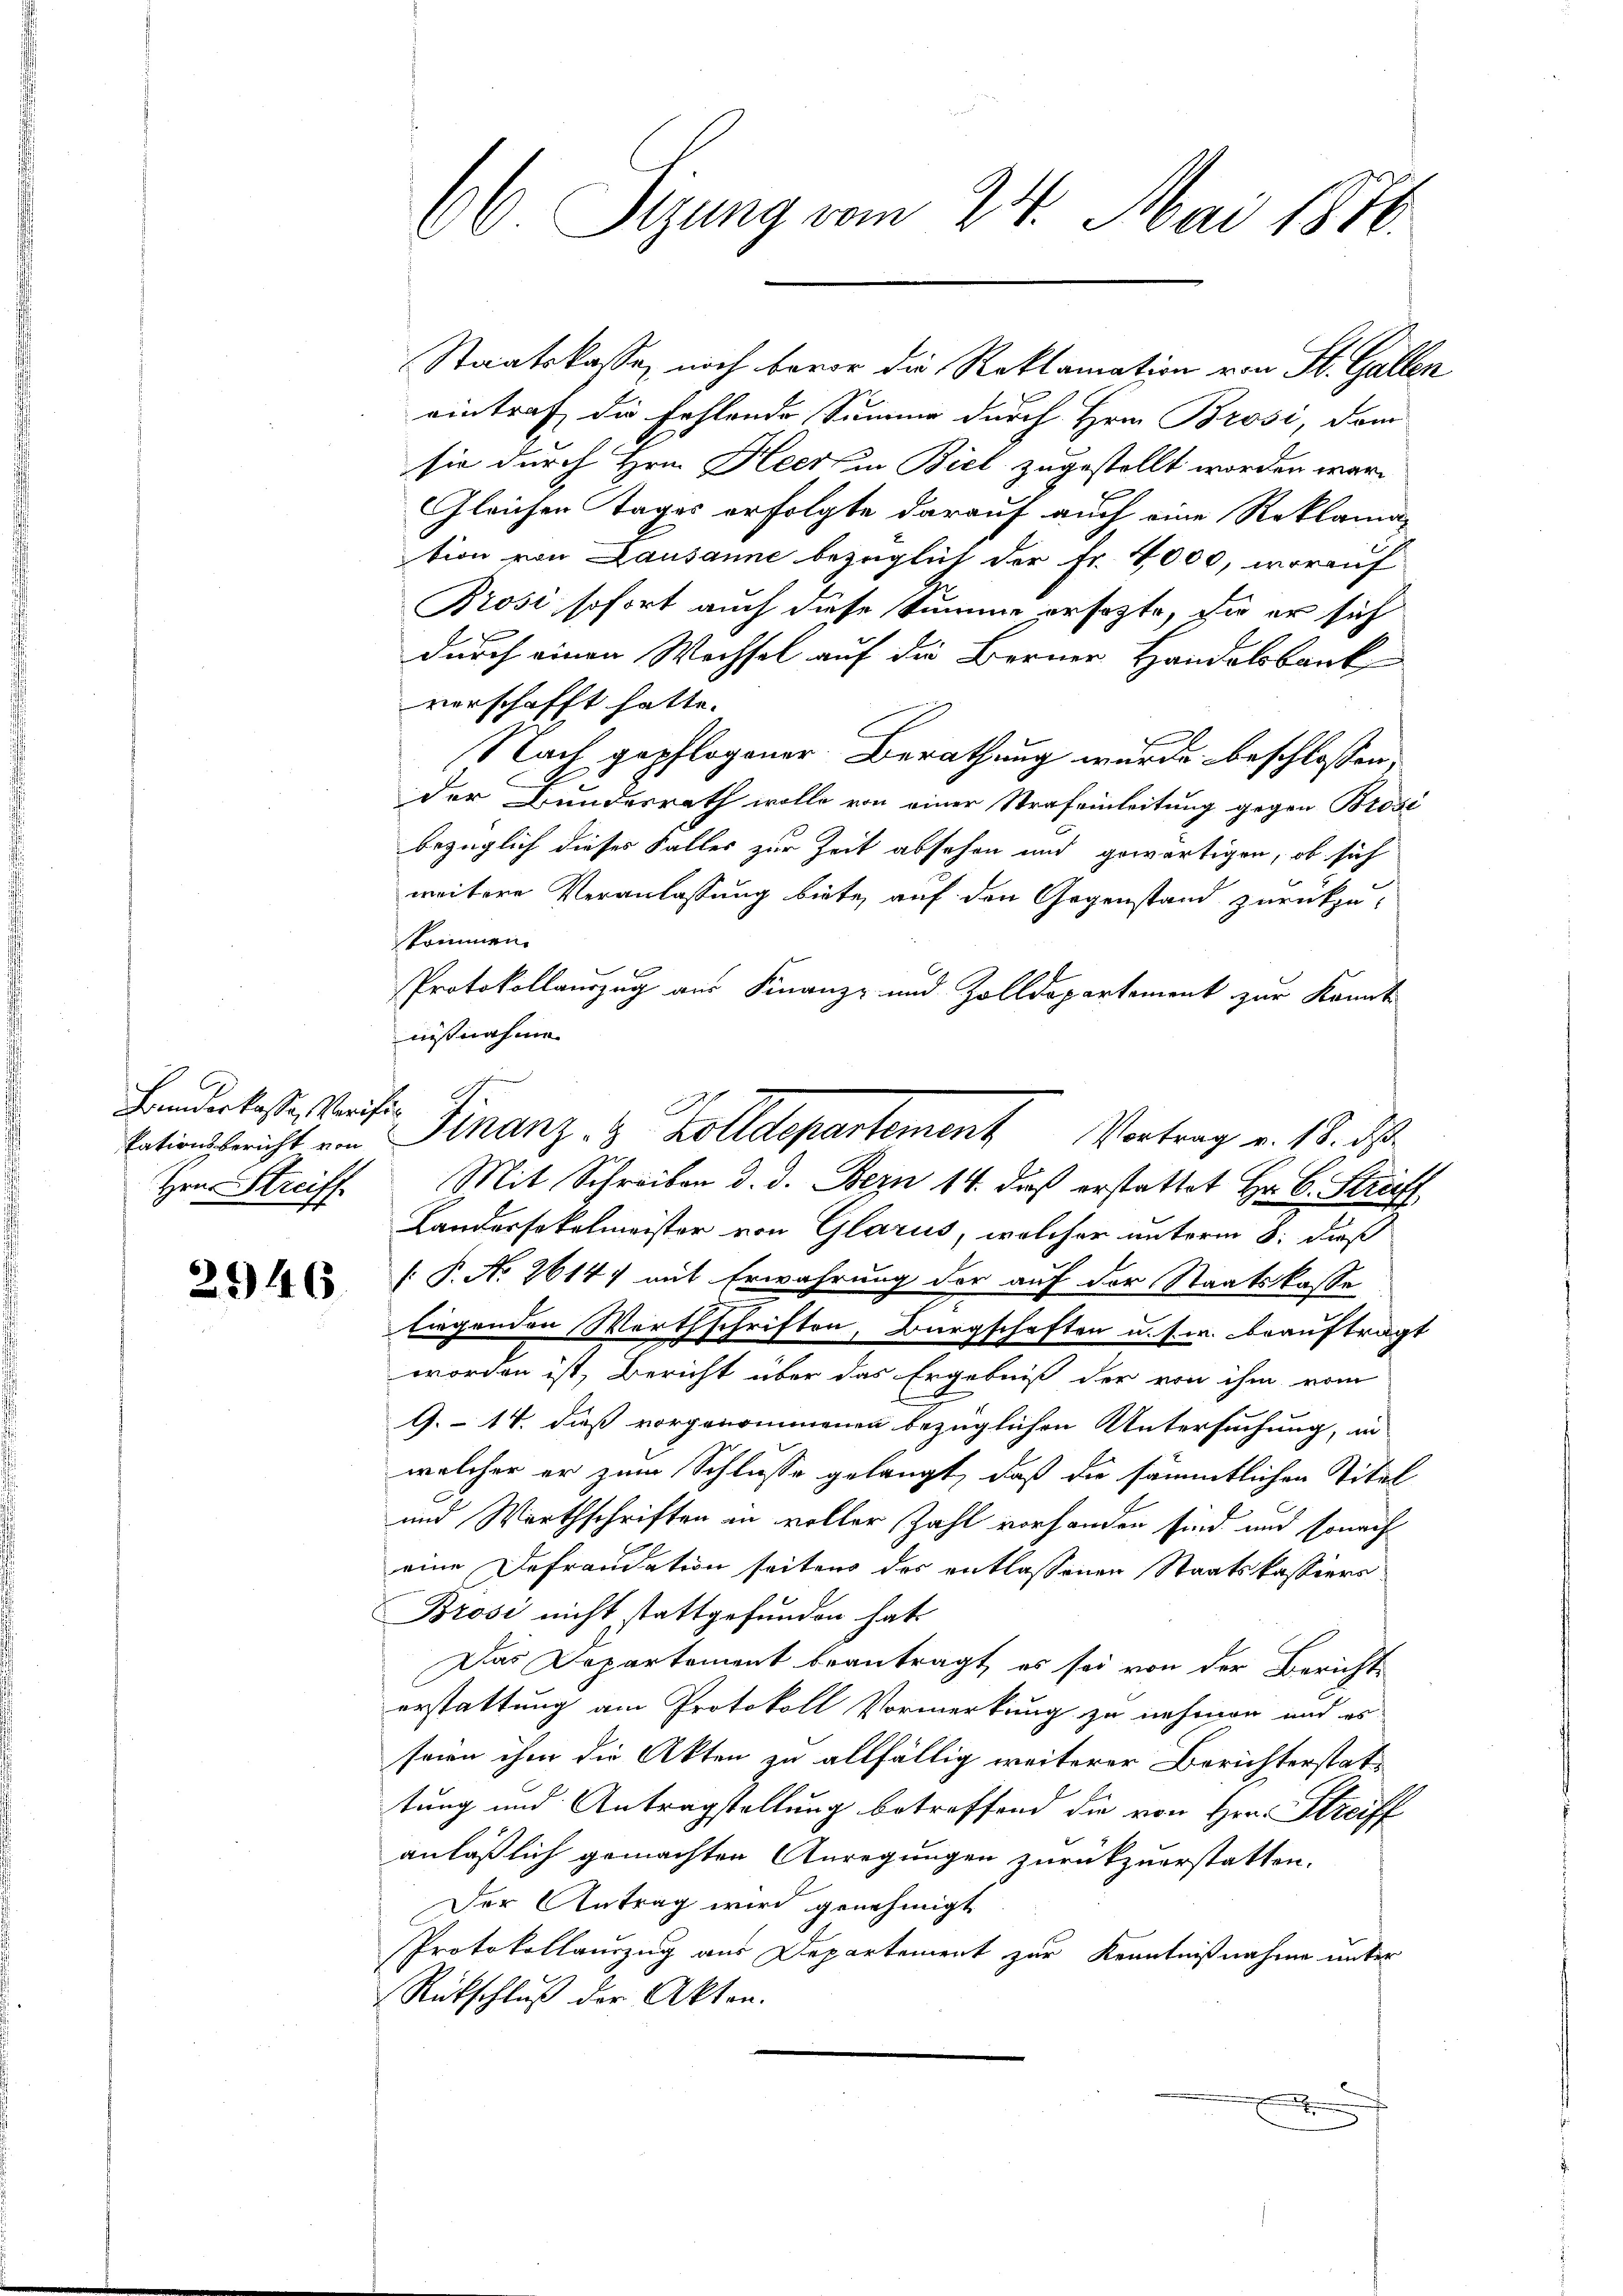
Bundeskasse, Verifi¬
Hrn. Streiff

2946

66 Sizung vom 24. Mai 1876.

eintraf die fehlende Summe durch Hrn. Brosi, dem
sie durch Hrn. Heer in Biel zugestellt worden wäre
Gleichen Tages erfolgte darauf auch eine Reklama-
tion von Lausanne bezüglich der Fr. 4000, worauf
Brosi, sofort auch diese Summe ersezte, da er sich
durch einen Wechsel auf die Berner Handelsbank
verschafft hatte.
Nach gepflogener Berathung wurde beschlossen,
der Bundesrath wolle von einer Strafeinleitung gegen Brodt
bezüglich dieses Falles zur Zeit absehen und gewärtigen, ob sich
weitere Veranlassung biete, auf den Gegenstand zurückzu-
kommen.
Protokollauszug aus Finanz- und Zolldepartement zur kannt
nisnahme
Mit Schreiben d. d. Bern 14. daß erstattet Hr. C. Straf
Landessokelmeister von Glarus, welcher unterm 8. daß
[ P. No. 2614) mit Erwährung der auf der Staatskasse
liegenden Werthschriften, Bürgschaften u. s. w. beauftragt
worden ist, Bericht über das Ergebniß der von ihm vom
9.- 14. dieß vorgenommenen bezüglichen Untersuchung, in
welcher er zum Schlusse gelangt, daß die sämmtlichen Titel
und Wirthschriften in voller Zahl vorhanden sind und sonach
eine Defraudation seitens des entlassenen Staatskassiers-
Brosi nicht stattgefunden hat.
Das Departement beantragt, es sei von der Berichts
erstattung am Protokoll Vormerkung zu nehmen und es
seien ihm die Akten zu allfällig weiterer Berichterstattung und Antragstellung betreffend die von Hrn. Streiff
anläßlich gemachten Anregungen zurückzuerstatten.
Der Antrag wird genehmigt
Protokollauszug aus Departement zur Kenntnißnahme unter
Rückschluß der Akten.
.
C

Staatskasse, noch bevor die Reklamation von St. Gallen

kationsbericht am Finanz- & Zolldepartement Vortrag v. 18. ds